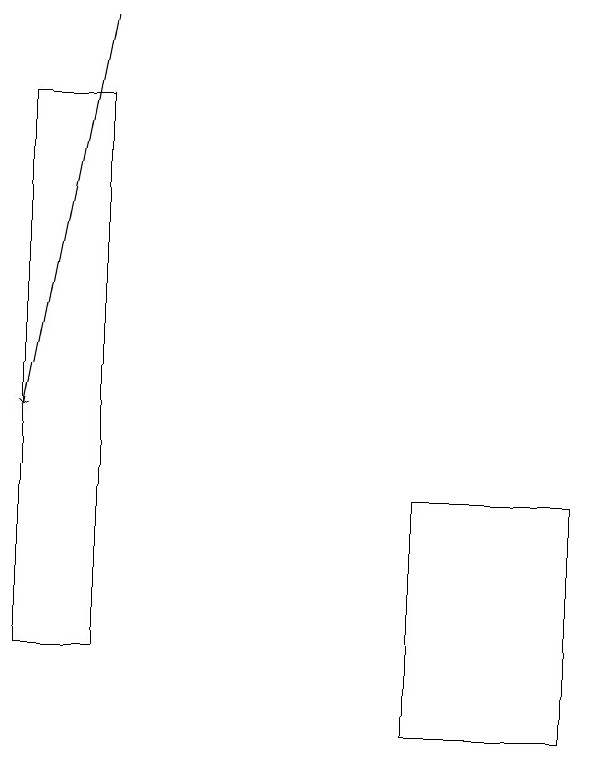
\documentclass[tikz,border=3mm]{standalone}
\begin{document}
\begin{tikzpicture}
\draw (6,13) rectangle (8,10);
\draw (2,18) rectangle (1,11);
\draw[->] (2,19) -- (1,14);
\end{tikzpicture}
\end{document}